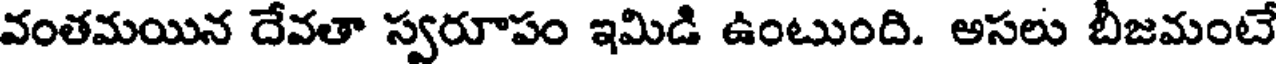
వంతమయిన దేవతా స్వరూపం ఇమిడి ఉంటుంది. అసలు బీజమంటే